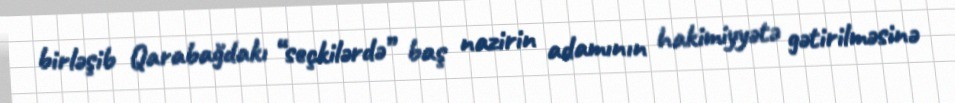
birləşib Qarabağdakı “seçkilərdə” baş nazirin adamının hakimiyyətə gətirilməsinə